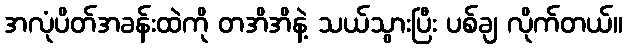
အလုံပိတ်အခန်းထဲကို တအိအိနဲ့ သယ်သွားပြီး ပစ်ချ လိုက်တယ်။